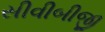
સીવીબીજી